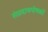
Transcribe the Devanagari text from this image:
संप्रदायपोषकों